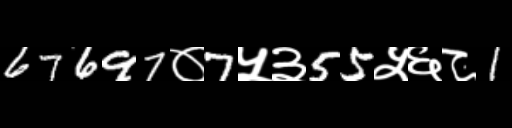
Text: 67697०7५३55५६८1